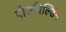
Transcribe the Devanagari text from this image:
पीसबिल्डिंग